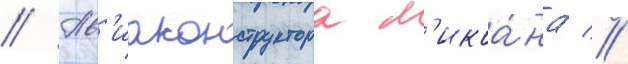
// Ав'иаконструктора м'икоа́на //